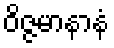
ဝိဇ္ဇမာနာနံ